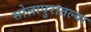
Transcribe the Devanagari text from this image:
सोलापुरातल्या